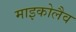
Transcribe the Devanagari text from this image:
माइकोलैव